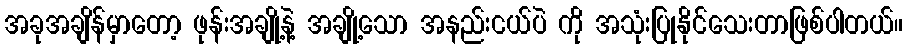
အခုအချိန်မှာတော့ ဖုန်းအချို့နဲ့ အချို့သော အနည်းငယ်ပဲ ကို အသုံးပြုနိုင်သေးတာဖြစ်ပါတယ်။